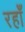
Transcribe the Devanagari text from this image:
रहाँ